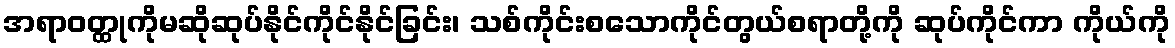
အရာဝတ္ထုကိုမဆိုဆုပ်နိုင်ကိုင်နိုင်ခြင်း၊ သစ်ကိုင်းစသောကိုင်တွယ်စရာတို့ကို ဆုပ်ကိုင်ကာ ကိုယ်ကို